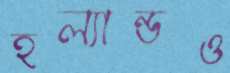
হল্যান্ডও